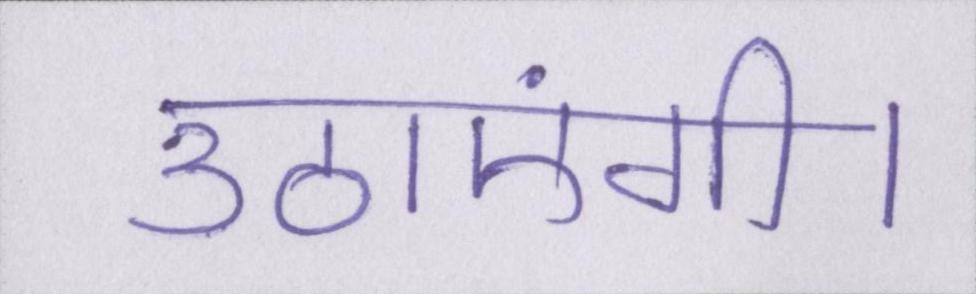
उठाएंगी।